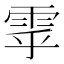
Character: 雽